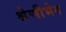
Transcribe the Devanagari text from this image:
श्रेणीभेद